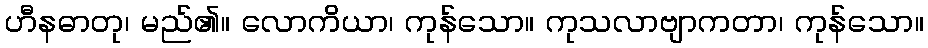
ဟီနဓာတု၊ မည်၏။ လောကိယာ၊ ကုန်သော။ ကုသလာဗျာကတာ၊ ကုန်သော။